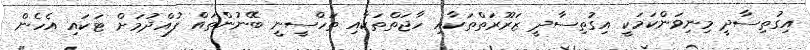
އިގުތިސާދީ މިނިވަންކަމަކީ އިގުތިސާދީ ޒަރޫރަތްތަކާއި ހާޖަތްތަކާއި ތަހްސީނީ ބޭނުންތައް ފުއްދުމަށް ޓަކައި އެހެން